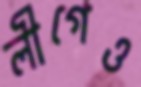
লীগেও